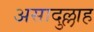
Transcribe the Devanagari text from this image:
असादुल्लाह